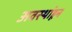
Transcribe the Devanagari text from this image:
अवस्थांहून